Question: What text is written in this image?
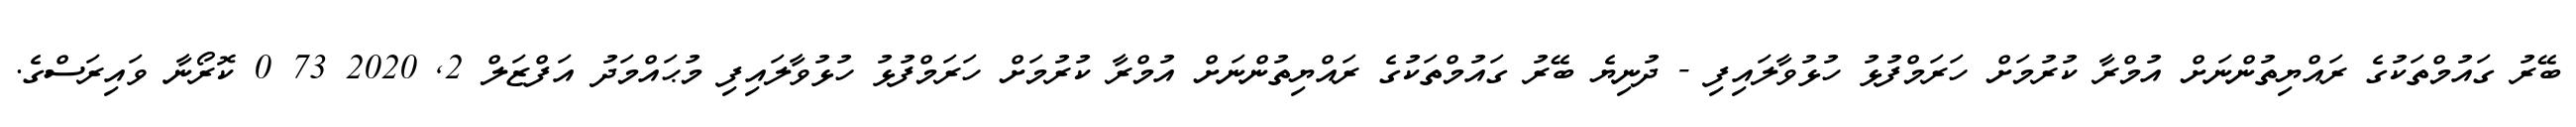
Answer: ބޭރު ގައުމްތަކުގެ ރައްޔިތުންނަށް އުމްރާ ކުރުމަށް ހަރަމްފުޅު ހުޅުވާލައިފި - ދުނިޔެ ބޭރު ގައުމްތަކުގެ ރައްޔިތުންނަށް އުމްރާ ކުރުމަށް ހަރަމްފުޅު ހުޅުވާލައިފި މުޙައްމަދު އަފްޒަލް 2, 2020 73 0 ކޮރޯނާ ވައިރަސްގެ.